Lunatic asylums Punjab 1881-1894 - 1881-1894
Year: 1881
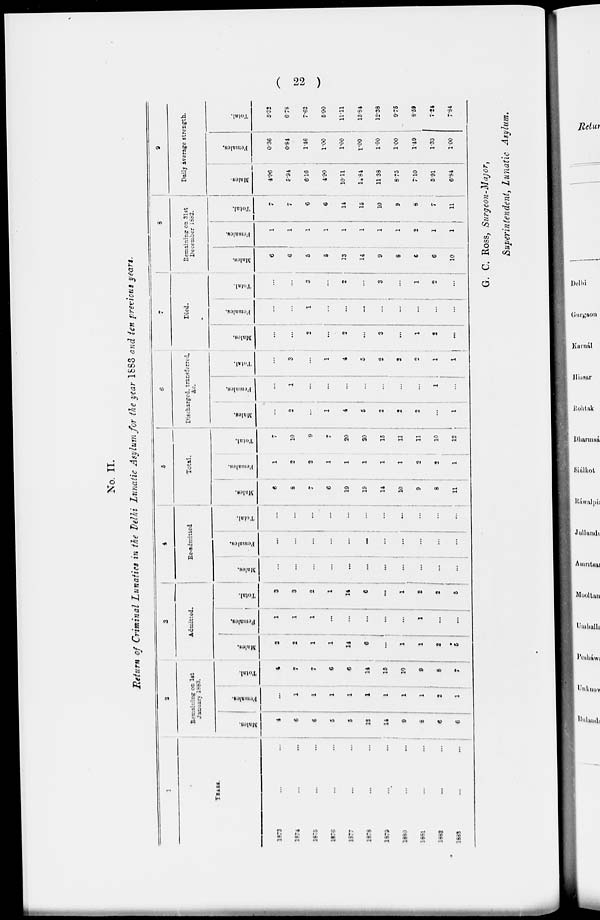
( 22 )
No. II.
Return of Criminal Lunatics in the Delhi Lunatic Asylum for the year 1883 and ten previous years.
1
YEARS.
1873...
...
1874...
...
1875...
...
1876...
...
1877
... ...
1878...
...
1879
...
. . .
1880...
...
1881...
...
1882
...
...
1883
...
...
2
Remaining
on 1st
January 1883.
Males.
4
6
6
5
5
13
14
9
8
6
6
Females.
...
1
1
1
1
1
1
1
2
2
1
Total.
4
7
7
6
6
14
15
10
9
8
7
3
Admitted.
Males.
2
2
1
1
14
6
...
1
1
2
5
Females.
1
1
1
...
...
...
...
...
1
...
...
Total.
3
3
2
1
14
6
...
1
2
2
5
4
Re-admitted
Males.
...
...
...
...
...
...
...
...
...
...
...
Females.
...
...
...
...
...
...
...
...
...
...
...
Total.
...
...
...
...
...
...
...
...
...
...
...
5
Total.
Males.
6
8
7
6
19
19
14
10
9
8
11
Females.
1
2
2
1
1
1
1
1
2
2
1
Total.
7
10
9
7
20
20
15
11
11
10
12
6
Discharged, transferred,
&c.
Males.
...
2
...
1
4
5
2
2
2
...
1
...
1
...
...
...
...
...
...
...
1
...
Total.
...
3
1
4
5
2
2
2
1
1
7
Died.
Males.
...
...
2
...
2
...
3
...
1
2
...
Females.
...
...
1
...
...
...
...
...
...
...
...
Total.
...
...
3
...
2
...
3
...
1
2
...
8
Remaining on 31st
December 1882.
Males.
6
6
5
5
13
14
9
8
6
6
10
Females.
1
1
1
1
1
1
1
1
2
1
1
Total.
7
7
6
6
14
15
10
9
8
7
11
9
Daily average strength.
Mal es .
4.96
5.94
6.16
4.90
10.11
14.84
11.38
8.75
7.10
5.91
6.84
Females.
0.36
0.84
1.46
1.00
1.00
1.00
1.00
1.00
1.49
1.33
1.00
Total.
5.32
6.78
7.62
5.90
11.11
15.84
12.38
9.75
8.59
7.24
7.84
G. C. ROSS, Surgeon-Major,
Superintendent, Lunatic Asylum.